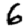
Digit: 6